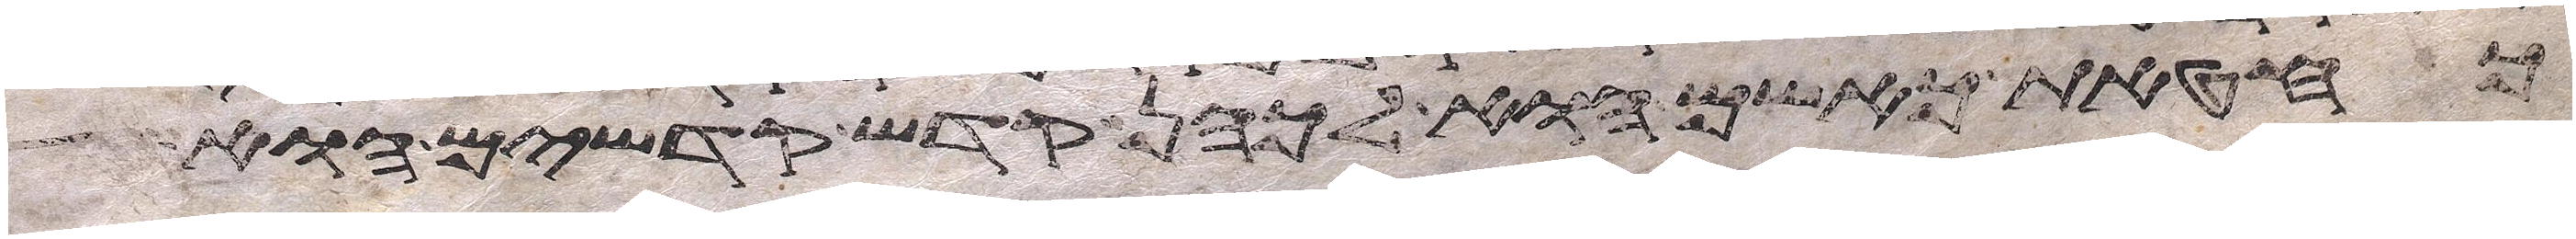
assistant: כחטאת כאשם הוא לכהן קדש קדשים הוא